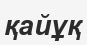
қайұқ